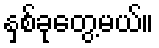
နှစ်ခုတွေ့မယ်။